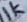
Text: 1k